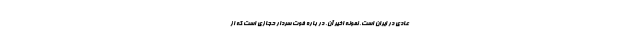
عادی در ایران است، نمونه اخیر آن، در باره فوت سردار حجازی است که از